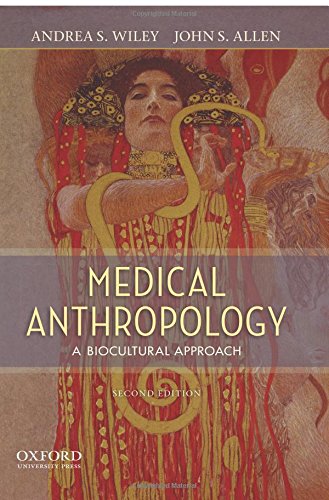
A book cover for Medical Anthropology: A Biocultural Approach; Andrea S. Wiley; Politics & Social Sciences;